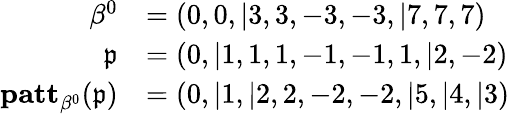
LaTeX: \begin{array}{rl}{\beta^{0}}&{=(0,0,\vert 3,3,-3,-3,\vert 7,7,7)}\\ {\mathfrak{p}}&{=(0,\vert 1,1,1,-1,-1,1,\vert 2,-2)}\\ {\mathbf{patt}_{\beta^{0}}(\mathfrak{p})}&{=(0,\vert 1,\vert 2,2,-2,-2,\vert 5,\vert 4,\vert 3)}\end{array}